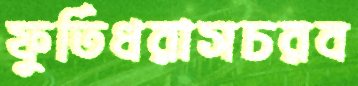
ফুর্তিধরাসচরব